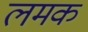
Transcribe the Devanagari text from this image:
लमक